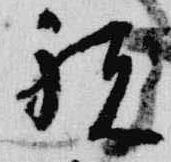
祝